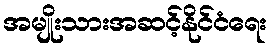
အမျိုးသားအဆင့်နိုင်ငံရေး